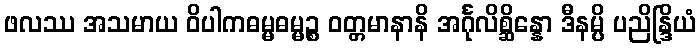
ဖလဿ အသမာယ ဝိပါကဓမ္မဓမ္မဉ္စ ဝတ္တမာနာနိ အင်္ဂုလိစ္ဆိန္နော ဒီနမ္ပိ ပညိန္ဒြိယံ